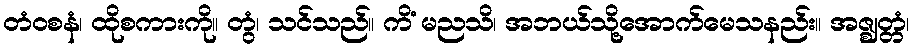
တံဝစနံ၊ ထိုစကားကို။ တွံ၊ သင်သည်။ ကိံ မညသိ၊ အဘယ်သို့အောက်မေသနည်း။ အဇ္ဈတ္တံ၊